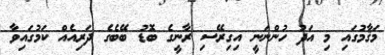
މަޤާމުގައި މި އަދު ހުންނަނީ އިގިރޭސި ރާނީގެ ބޮޑު ބޭބެގެ ދަރިއެއް ކަމުގައިވާ